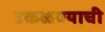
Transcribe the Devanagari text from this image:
उकळण्याची